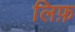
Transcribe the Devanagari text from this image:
लिफ़